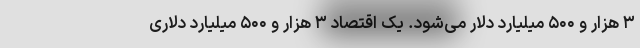
۳ هزار و ۵۰۰ میلیارد دلار می‌شود. یک اقتصاد ۳ هزار و ۵۰۰ میلیارد دلاری